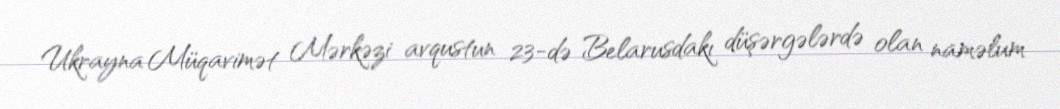
Ukrayna Müqavimət Mərkəzi avqustun 23-də Belarusdakı düşərgələrdə olan naməlum